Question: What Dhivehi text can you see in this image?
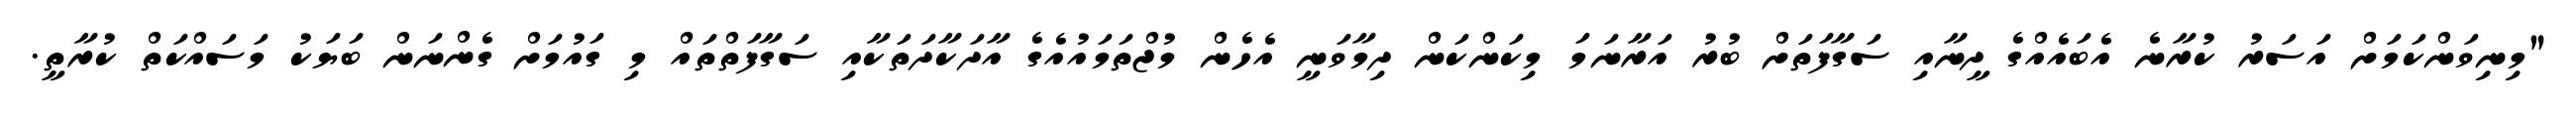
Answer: "މިނިވަންކަމަށް އަސަރު ކުރާނެ އެބައެއްގެ ދީނާއި ސަގާފަތަށް ބުރު އަރާނަމަ މިކަންކަން ދިމާވަނީ އެހެން މުޖްތަމައުއެގެ އާދަކާދަތަކާއި ސަގާފަތްތައް މި ގައުމަށް ގެންނަން ބަޔަކު މަސައްކަތް ކުރާތީ.